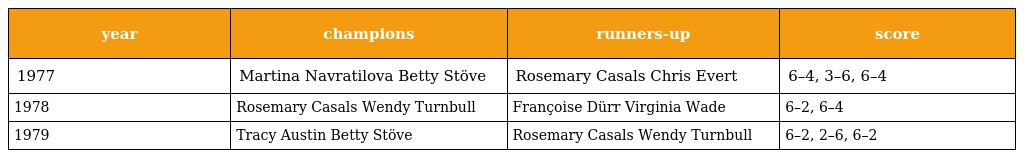
| year | champions | runners-up | score |
 | --- | --- | --- | --- |
 | 1977 | Martina Navratilova Betty Stöve | Rosemary Casals Chris Evert | 6–4, 3–6, 6–4 |
 | 1978 | Rosemary Casals Wendy Turnbull | Françoise Dürr Virginia Wade | 6–2, 6–4 |
 | 1979 | Tracy Austin Betty Stöve | Rosemary Casals Wendy Turnbull | 6–2, 2–6, 6–2 |